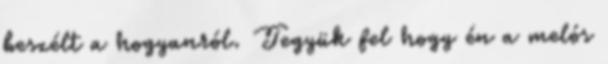
beszélt a hogyanról. Tegyük fel hogy én a melós